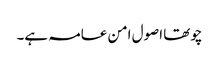
چوتھا اصول امن عامہ ہے۔